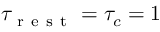
\tau _ { \mathrm { ~ r ~ e ~ s ~ t ~ } } = \tau _ { c } = 1